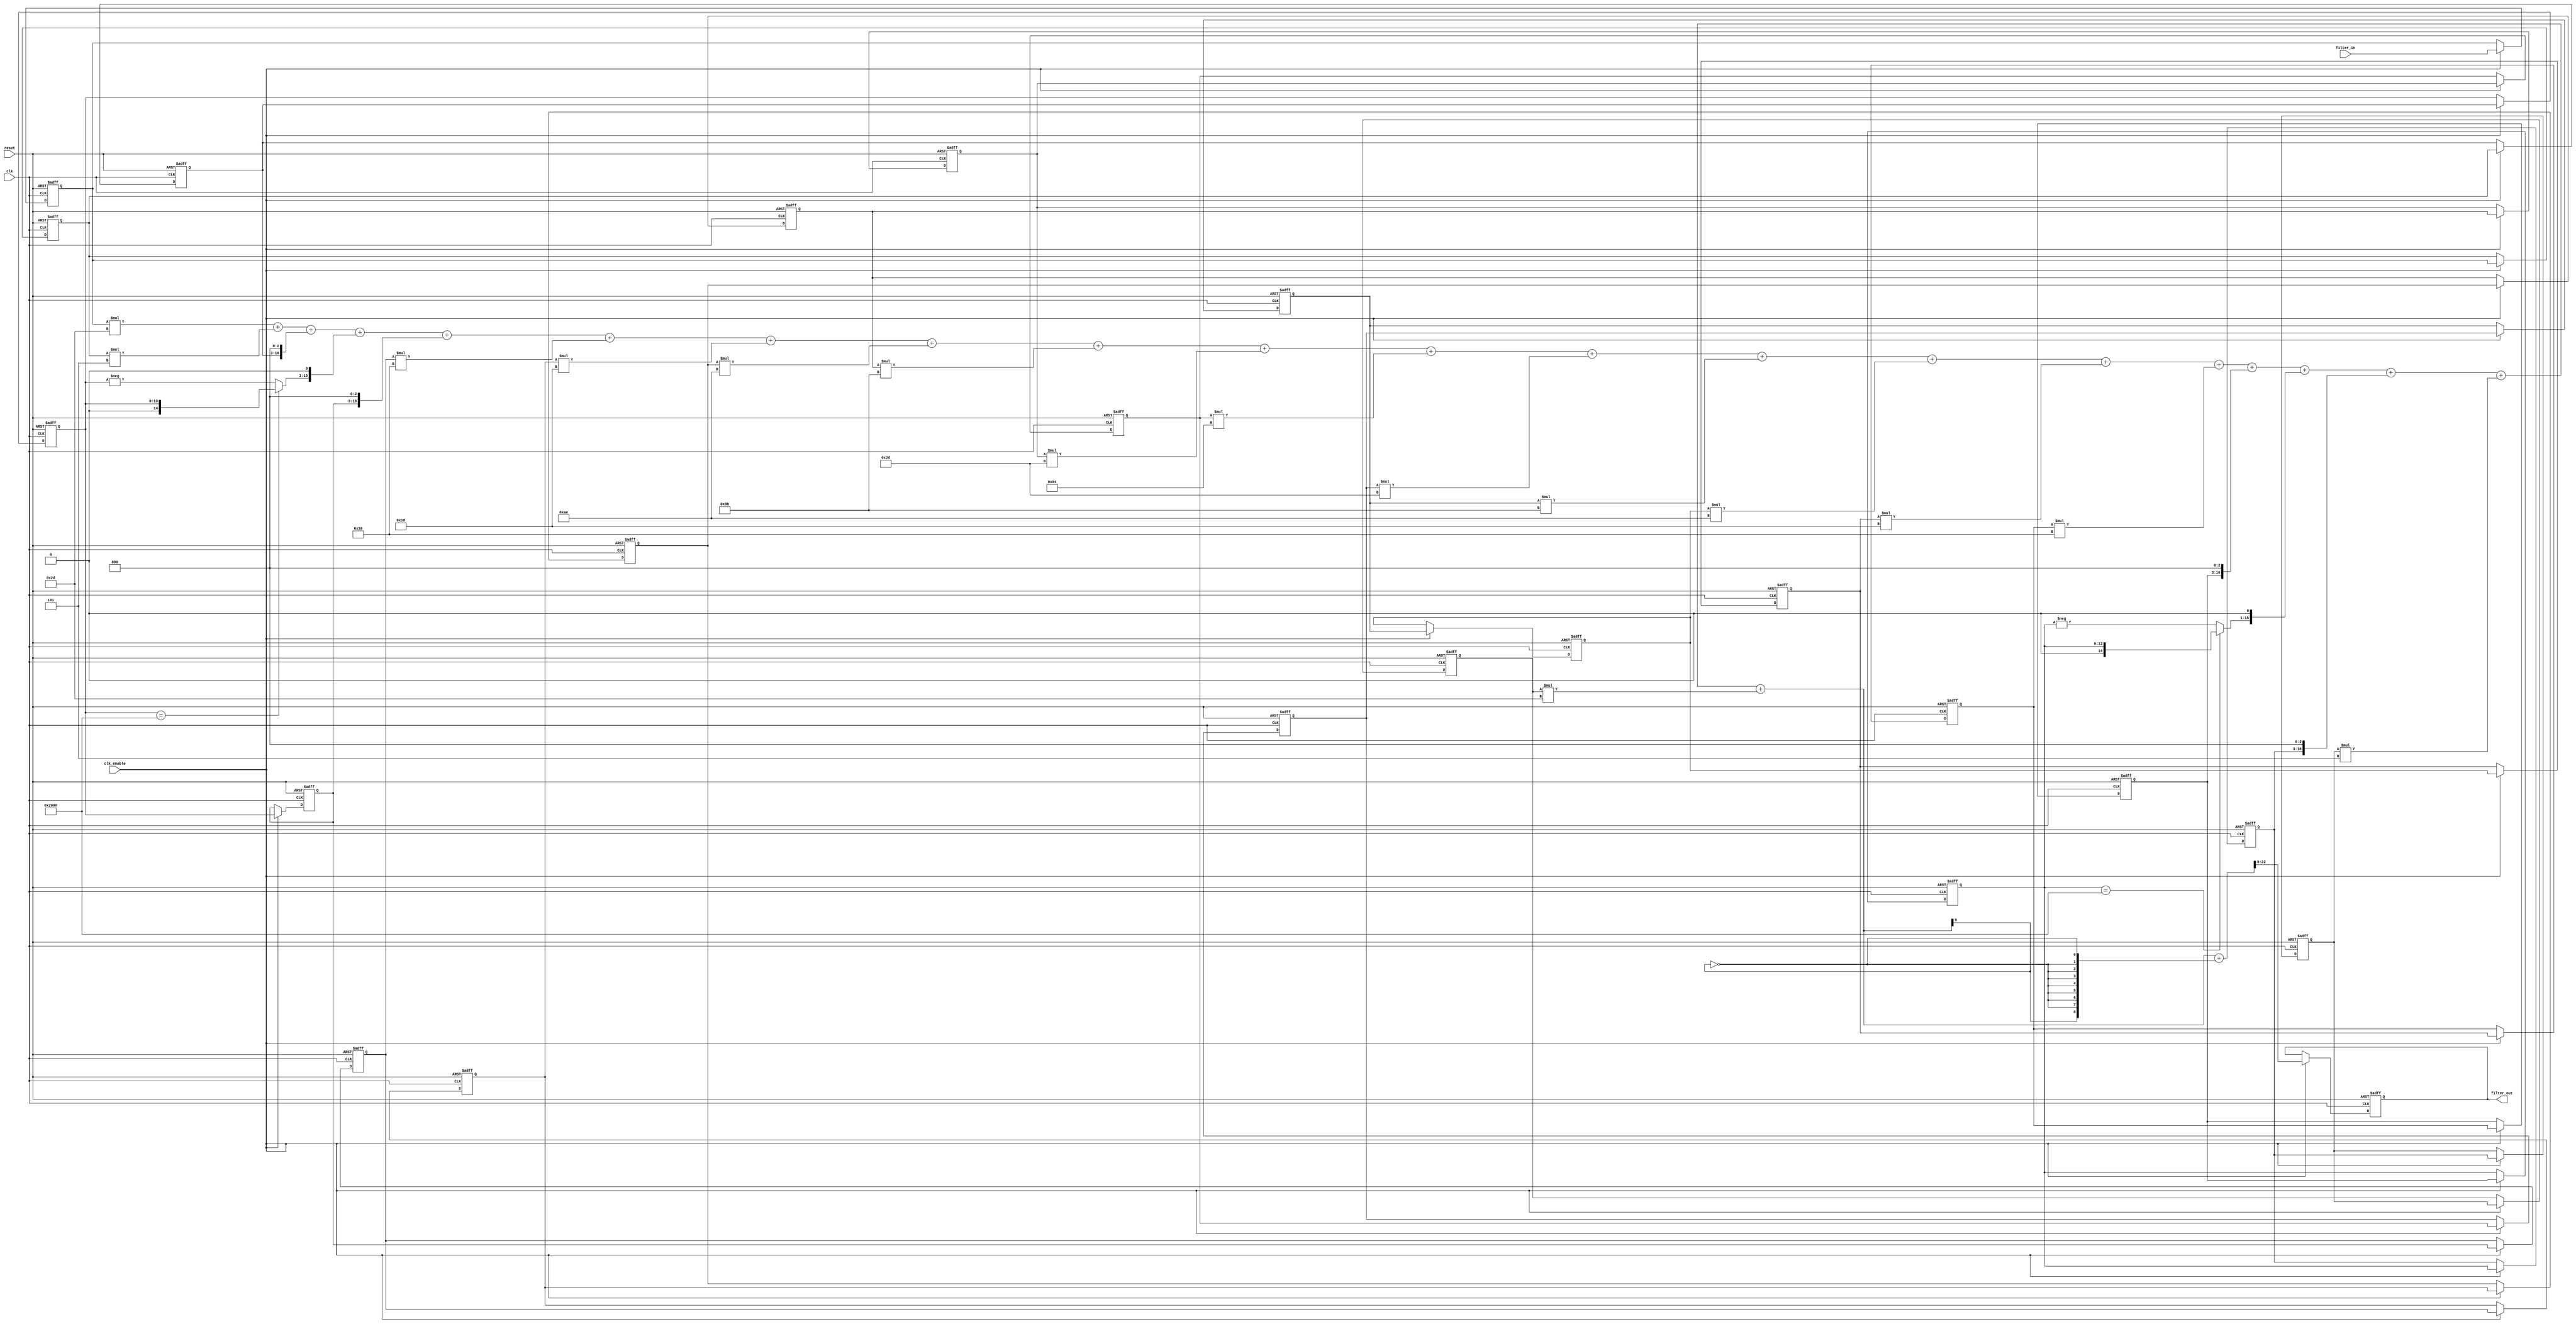

`timescale 1 ns / 1 ns

module filter
               (
                clk,
                clk_enable,
                reset,
                filter_in,
                filter_out
                );

  input   clk; 
  input   clk_enable; 
  input   reset; 
  input   signed [13:0] filter_in; //sfix14_En13
  output  signed [13:0] filter_out; //sfix14_En13

////////////////////////////////////////////////////////////////
//Module Architecture: filter
////////////////////////////////////////////////////////////////
  // Local Functions
  // Type Definitions
  // Constants
  parameter signed [9:0] coeff1 = 10'b1111101101; //sfix10_En9
  parameter signed [9:0] coeff2 = 10'b1111111101; //sfix10_En9
  parameter signed [9:0] coeff3 = 10'b0000001000; //sfix10_En9
  parameter signed [9:0] coeff4 = 10'b1111111110; //sfix10_En9
  parameter signed [9:0] coeff5 = 10'b0000001000; //sfix10_En9
  parameter signed [9:0] coeff6 = 10'b0000110000; //sfix10_En9
  parameter signed [9:0] coeff7 = 10'b0000011000; //sfix10_En9
  parameter signed [9:0] coeff8 = 10'b1110101110; //sfix10_En9
  parameter signed [9:0] coeff9 = 10'b1110011011; //sfix10_En9
  parameter signed [9:0] coeff10 = 10'b0000101101; //sfix10_En9
  parameter signed [9:0] coeff11 = 10'b0010010100; //sfix10_En9
  parameter signed [9:0] coeff12 = 10'b0000101101; //sfix10_En9
  parameter signed [9:0] coeff13 = 10'b1110011011; //sfix10_En9
  parameter signed [9:0] coeff14 = 10'b1110101110; //sfix10_En9
  parameter signed [9:0] coeff15 = 10'b0000011000; //sfix10_En9
  parameter signed [9:0] coeff16 = 10'b0000110000; //sfix10_En9
  parameter signed [9:0] coeff17 = 10'b0000001000; //sfix10_En9
  parameter signed [9:0] coeff18 = 10'b1111111110; //sfix10_En9
  parameter signed [9:0] coeff19 = 10'b0000001000; //sfix10_En9
  parameter signed [9:0] coeff20 = 10'b1111111101; //sfix10_En9
  parameter signed [9:0] coeff21 = 10'b1111101101; //sfix10_En9

  // Signals
  reg  signed [13:0] delay_pipeline [0:20] ; // sfix14_En13
  wire signed [23:0] product21; // sfix24_En22
  wire signed [23:0] product20; // sfix24_En22
  wire signed [23:0] product19; // sfix24_En22
  wire signed [23:0] product18; // sfix24_En22
  wire signed [14:0] mulpwr2_temp; // sfix15_En13
  wire signed [23:0] product17; // sfix24_En22
  wire signed [23:0] product16; // sfix24_En22
  wire signed [23:0] product15; // sfix24_En22
  wire signed [23:0] product14; // sfix24_En22
  wire signed [23:0] product13; // sfix24_En22
  wire signed [23:0] product12; // sfix24_En22
  wire signed [23:0] product11; // sfix24_En22
  wire signed [23:0] product10; // sfix24_En22
  wire signed [23:0] product9; // sfix24_En22
  wire signed [23:0] product8; // sfix24_En22
  wire signed [23:0] product7; // sfix24_En22
  wire signed [23:0] product6; // sfix24_En22
  wire signed [23:0] product5; // sfix24_En22
  wire signed [23:0] product4; // sfix24_En22
  wire signed [14:0] mulpwr2_temp_1; // sfix15_En13
  wire signed [23:0] product3; // sfix24_En22
  wire signed [23:0] product2; // sfix24_En22
  wire signed [24:0] product1_cast; // sfix25_En22
  wire signed [23:0] product1; // sfix24_En22
  wire signed [24:0] sum1; // sfix25_En22
  wire signed [24:0] add_signext; // sfix25_En22
  wire signed [24:0] add_signext_1; // sfix25_En22
  wire signed [25:0] add_temp; // sfix26_En22
  wire signed [24:0] sum2; // sfix25_En22
  wire signed [24:0] add_signext_2; // sfix25_En22
  wire signed [24:0] add_signext_3; // sfix25_En22
  wire signed [25:0] add_temp_1; // sfix26_En22
  wire signed [24:0] sum3; // sfix25_En22
  wire signed [24:0] add_signext_4; // sfix25_En22
  wire signed [24:0] add_signext_5; // sfix25_En22
  wire signed [25:0] add_temp_2; // sfix26_En22
  wire signed [24:0] sum4; // sfix25_En22
  wire signed [24:0] add_signext_6; // sfix25_En22
  wire signed [24:0] add_signext_7; // sfix25_En22
  wire signed [25:0] add_temp_3; // sfix26_En22
  wire signed [24:0] sum5; // sfix25_En22
  wire signed [24:0] add_signext_8; // sfix25_En22
  wire signed [24:0] add_signext_9; // sfix25_En22
  wire signed [25:0] add_temp_4; // sfix26_En22
  wire signed [24:0] sum6; // sfix25_En22
  wire signed [24:0] add_signext_10; // sfix25_En22
  wire signed [24:0] add_signext_11; // sfix25_En22
  wire signed [25:0] add_temp_5; // sfix26_En22
  wire signed [24:0] sum7; // sfix25_En22
  wire signed [24:0] add_signext_12; // sfix25_En22
  wire signed [24:0] add_signext_13; // sfix25_En22
  wire signed [25:0] add_temp_6; // sfix26_En22
  wire signed [24:0] sum8; // sfix25_En22
  wire signed [24:0] add_signext_14; // sfix25_En22
  wire signed [24:0] add_signext_15; // sfix25_En22
  wire signed [25:0] add_temp_7; // sfix26_En22
  wire signed [24:0] sum9; // sfix25_En22
  wire signed [24:0] add_signext_16; // sfix25_En22
  wire signed [24:0] add_signext_17; // sfix25_En22
  wire signed [25:0] add_temp_8; // sfix26_En22
  wire signed [24:0] sum10; // sfix25_En22
  wire signed [24:0] add_signext_18; // sfix25_En22
  wire signed [24:0] add_signext_19; // sfix25_En22
  wire signed [25:0] add_temp_9; // sfix26_En22
  wire signed [24:0] sum11; // sfix25_En22
  wire signed [24:0] add_signext_20; // sfix25_En22
  wire signed [24:0] add_signext_21; // sfix25_En22
  wire signed [25:0] add_temp_10; // sfix26_En22
  wire signed [24:0] sum12; // sfix25_En22
  wire signed [24:0] add_signext_22; // sfix25_En22
  wire signed [24:0] add_signext_23; // sfix25_En22
  wire signed [25:0] add_temp_11; // sfix26_En22
  wire signed [24:0] sum13; // sfix25_En22
  wire signed [24:0] add_signext_24; // sfix25_En22
  wire signed [24:0] add_signext_25; // sfix25_En22
  wire signed [25:0] add_temp_12; // sfix26_En22
  wire signed [24:0] sum14; // sfix25_En22
  wire signed [24:0] add_signext_26; // sfix25_En22
  wire signed [24:0] add_signext_27; // sfix25_En22
  wire signed [25:0] add_temp_13; // sfix26_En22
  wire signed [24:0] sum15; // sfix25_En22
  wire signed [24:0] add_signext_28; // sfix25_En22
  wire signed [24:0] add_signext_29; // sfix25_En22
  wire signed [25:0] add_temp_14; // sfix26_En22
  wire signed [24:0] sum16; // sfix25_En22
  wire signed [24:0] add_signext_30; // sfix25_En22
  wire signed [24:0] add_signext_31; // sfix25_En22
  wire signed [25:0] add_temp_15; // sfix26_En22
  wire signed [24:0] sum17; // sfix25_En22
  wire signed [24:0] add_signext_32; // sfix25_En22
  wire signed [24:0] add_signext_33; // sfix25_En22
  wire signed [25:0] add_temp_16; // sfix26_En22
  wire signed [24:0] sum18; // sfix25_En22
  wire signed [24:0] add_signext_34; // sfix25_En22
  wire signed [24:0] add_signext_35; // sfix25_En22
  wire signed [25:0] add_temp_17; // sfix26_En22
  wire signed [24:0] sum19; // sfix25_En22
  wire signed [24:0] add_signext_36; // sfix25_En22
  wire signed [24:0] add_signext_37; // sfix25_En22
  wire signed [25:0] add_temp_18; // sfix26_En22
  wire signed [24:0] sum20; // sfix25_En22
  wire signed [24:0] add_signext_38; // sfix25_En22
  wire signed [24:0] add_signext_39; // sfix25_En22
  wire signed [25:0] add_temp_19; // sfix26_En22
  wire signed [13:0] output_typeconvert; // sfix14_En13
  reg  signed [13:0] output_register; // sfix14_En13

  // Block Statements
  always @( posedge clk or posedge reset)
    begin: Delay_Pipeline_process
      if (reset == 1'b1) begin
        delay_pipeline[0] <= 0;
        delay_pipeline[1] <= 0;
        delay_pipeline[2] <= 0;
        delay_pipeline[3] <= 0;
        delay_pipeline[4] <= 0;
        delay_pipeline[5] <= 0;
        delay_pipeline[6] <= 0;
        delay_pipeline[7] <= 0;
        delay_pipeline[8] <= 0;
        delay_pipeline[9] <= 0;
        delay_pipeline[10] <= 0;
        delay_pipeline[11] <= 0;
        delay_pipeline[12] <= 0;
        delay_pipeline[13] <= 0;
        delay_pipeline[14] <= 0;
        delay_pipeline[15] <= 0;
        delay_pipeline[16] <= 0;
        delay_pipeline[17] <= 0;
        delay_pipeline[18] <= 0;
        delay_pipeline[19] <= 0;
        delay_pipeline[20] <= 0;
      end
      else begin
        if (clk_enable == 1'b1) begin
          delay_pipeline[0] <= filter_in;
          delay_pipeline[1] <= delay_pipeline[0];
          delay_pipeline[2] <= delay_pipeline[1];
          delay_pipeline[3] <= delay_pipeline[2];
          delay_pipeline[4] <= delay_pipeline[3];
          delay_pipeline[5] <= delay_pipeline[4];
          delay_pipeline[6] <= delay_pipeline[5];
          delay_pipeline[7] <= delay_pipeline[6];
          delay_pipeline[8] <= delay_pipeline[7];
          delay_pipeline[9] <= delay_pipeline[8];
          delay_pipeline[10] <= delay_pipeline[9];
          delay_pipeline[11] <= delay_pipeline[10];
          delay_pipeline[12] <= delay_pipeline[11];
          delay_pipeline[13] <= delay_pipeline[12];
          delay_pipeline[14] <= delay_pipeline[13];
          delay_pipeline[15] <= delay_pipeline[14];
          delay_pipeline[16] <= delay_pipeline[15];
          delay_pipeline[17] <= delay_pipeline[16];
          delay_pipeline[18] <= delay_pipeline[17];
          delay_pipeline[19] <= delay_pipeline[18];
          delay_pipeline[20] <= delay_pipeline[19];
        end
      end
    end // Delay_Pipeline_process


  assign product21 = delay_pipeline[20] * coeff21;

  assign product20 = delay_pipeline[19] * coeff20;

  assign product19 = $signed({delay_pipeline[18][13:0], 3'b000});

  assign mulpwr2_temp = (delay_pipeline[17]==14'b10000000000000) ? $signed({1'b0, delay_pipeline[17]}) : -delay_pipeline[17];

  assign product18 = $signed({mulpwr2_temp[14:0], 1'b0});

  assign product17 = $signed({delay_pipeline[16][13:0], 3'b000});

  assign product16 = delay_pipeline[15] * coeff16;

  assign product15 = delay_pipeline[14] * coeff15;

  assign product14 = delay_pipeline[13] * coeff14;

  assign product13 = delay_pipeline[12] * coeff13;

  assign product12 = delay_pipeline[11] * coeff12;

  assign product11 = delay_pipeline[10] * coeff11;

  assign product10 = delay_pipeline[9] * coeff10;

  assign product9 = delay_pipeline[8] * coeff9;

  assign product8 = delay_pipeline[7] * coeff8;

  assign product7 = delay_pipeline[6] * coeff7;

  assign product6 = delay_pipeline[5] * coeff6;

  assign product5 = $signed({delay_pipeline[4][13:0], 3'b000});

  assign mulpwr2_temp_1 = (delay_pipeline[3]==14'b10000000000000) ? $signed({1'b0, delay_pipeline[3]}) : -delay_pipeline[3];

  assign product4 = $signed({mulpwr2_temp_1[14:0], 1'b0});

  assign product3 = $signed({delay_pipeline[2][13:0], 3'b000});

  assign product2 = delay_pipeline[1] * coeff2;

  assign product1_cast = $signed({{1{product1[23]}}, product1});

  assign product1 = delay_pipeline[0] * coeff1;

  assign add_signext = product1_cast;
  assign add_signext_1 = $signed({{1{product2[23]}}, product2});
  assign add_temp = add_signext + add_signext_1;
  assign sum1 = add_temp[24:0];

  assign add_signext_2 = sum1;
  assign add_signext_3 = $signed({{1{product3[23]}}, product3});
  assign add_temp_1 = add_signext_2 + add_signext_3;
  assign sum2 = add_temp_1[24:0];

  assign add_signext_4 = sum2;
  assign add_signext_5 = $signed({{1{product4[23]}}, product4});
  assign add_temp_2 = add_signext_4 + add_signext_5;
  assign sum3 = add_temp_2[24:0];

  assign add_signext_6 = sum3;
  assign add_signext_7 = $signed({{1{product5[23]}}, product5});
  assign add_temp_3 = add_signext_6 + add_signext_7;
  assign sum4 = add_temp_3[24:0];

  assign add_signext_8 = sum4;
  assign add_signext_9 = $signed({{1{product6[23]}}, product6});
  assign add_temp_4 = add_signext_8 + add_signext_9;
  assign sum5 = add_temp_4[24:0];

  assign add_signext_10 = sum5;
  assign add_signext_11 = $signed({{1{product7[23]}}, product7});
  assign add_temp_5 = add_signext_10 + add_signext_11;
  assign sum6 = add_temp_5[24:0];

  assign add_signext_12 = sum6;
  assign add_signext_13 = $signed({{1{product8[23]}}, product8});
  assign add_temp_6 = add_signext_12 + add_signext_13;
  assign sum7 = add_temp_6[24:0];

  assign add_signext_14 = sum7;
  assign add_signext_15 = $signed({{1{product9[23]}}, product9});
  assign add_temp_7 = add_signext_14 + add_signext_15;
  assign sum8 = add_temp_7[24:0];

  assign add_signext_16 = sum8;
  assign add_signext_17 = $signed({{1{product10[23]}}, product10});
  assign add_temp_8 = add_signext_16 + add_signext_17;
  assign sum9 = add_temp_8[24:0];

  assign add_signext_18 = sum9;
  assign add_signext_19 = $signed({{1{product11[23]}}, product11});
  assign add_temp_9 = add_signext_18 + add_signext_19;
  assign sum10 = add_temp_9[24:0];

  assign add_signext_20 = sum10;
  assign add_signext_21 = $signed({{1{product12[23]}}, product12});
  assign add_temp_10 = add_signext_20 + add_signext_21;
  assign sum11 = add_temp_10[24:0];

  assign add_signext_22 = sum11;
  assign add_signext_23 = $signed({{1{product13[23]}}, product13});
  assign add_temp_11 = add_signext_22 + add_signext_23;
  assign sum12 = add_temp_11[24:0];

  assign add_signext_24 = sum12;
  assign add_signext_25 = $signed({{1{product14[23]}}, product14});
  assign add_temp_12 = add_signext_24 + add_signext_25;
  assign sum13 = add_temp_12[24:0];

  assign add_signext_26 = sum13;
  assign add_signext_27 = $signed({{1{product15[23]}}, product15});
  assign add_temp_13 = add_signext_26 + add_signext_27;
  assign sum14 = add_temp_13[24:0];

  assign add_signext_28 = sum14;
  assign add_signext_29 = $signed({{1{product16[23]}}, product16});
  assign add_temp_14 = add_signext_28 + add_signext_29;
  assign sum15 = add_temp_14[24:0];

  assign add_signext_30 = sum15;
  assign add_signext_31 = $signed({{1{product17[23]}}, product17});
  assign add_temp_15 = add_signext_30 + add_signext_31;
  assign sum16 = add_temp_15[24:0];

  assign add_signext_32 = sum16;
  assign add_signext_33 = $signed({{1{product18[23]}}, product18});
  assign add_temp_16 = add_signext_32 + add_signext_33;
  assign sum17 = add_temp_16[24:0];

  assign add_signext_34 = sum17;
  assign add_signext_35 = $signed({{1{product19[23]}}, product19});
  assign add_temp_17 = add_signext_34 + add_signext_35;
  assign sum18 = add_temp_17[24:0];

  assign add_signext_36 = sum18;
  assign add_signext_37 = $signed({{1{product20[23]}}, product20});
  assign add_temp_18 = add_signext_36 + add_signext_37;
  assign sum19 = add_temp_18[24:0];

  assign add_signext_38 = sum19;
  assign add_signext_39 = $signed({{1{product21[23]}}, product21});
  assign add_temp_19 = add_signext_38 + add_signext_39;
  assign sum20 = add_temp_19[24:0];

  assign output_typeconvert = (sum20[22:0] + {sum20[9], {8{~sum20[9]}}})>>>9;

  always @ (posedge clk or posedge reset)
    begin: Output_Register_process
      if (reset == 1'b1) begin
        output_register <= 0;
      end
      else begin
        if (clk_enable == 1'b1) begin
          output_register <= output_typeconvert;
        end
      end
    end // Output_Register_process

  // Assignment Statements
  assign filter_out = output_register;
endmodule  // filter